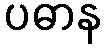
ပဓာန